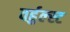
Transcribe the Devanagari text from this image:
वर्हुल्स्ट